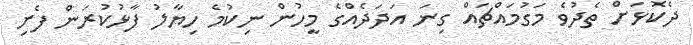
ދެކޮޅަށް ތެދުވެ މަގުމައްޗައް ގިނަ އަދަދެއްގެ މީހުން ނިކުމެ ހިޔާލު ފާޅުކުރަން ފެށި